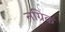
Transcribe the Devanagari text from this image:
नग्रिक